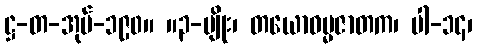
ဋ္ဌ-တ-အုပ်-၁၉၀။ ။၃-မျိုး၊ တယောဓမ္မဇာတက၊ ပါ-၁၄၊